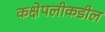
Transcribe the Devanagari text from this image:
कक्षेपलीकडील